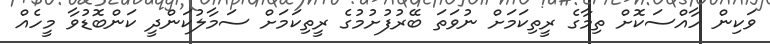
ވަކިން ހާއްސަކޮށް ތިމާގެ ރީތިކަމަށް ނުވަތަ ބޭރުފުށުމުގެ ރީތިކަމަށް ސަމާލުކަންދީ ކަންބޮޑުވާ މީހެއް